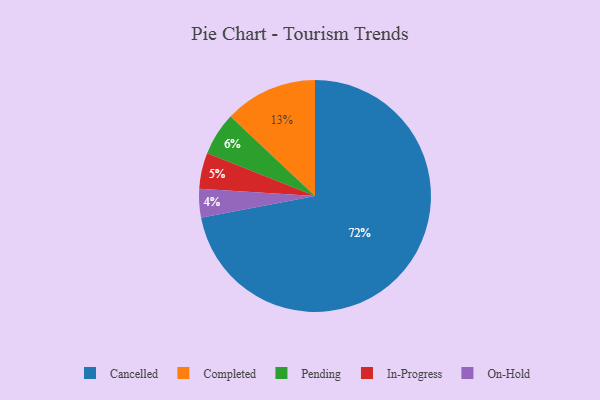
{"axis": {"x": "Category", "y": "Percentage"}, "legend": ["Cancelled", "Completed", "In-Progress", "On-Hold", "Pending"], "data": [{"x": "Completed", "y": 13, "type": "Completed"}, {"x": "Cancelled", "y": 72, "type": "Cancelled"}, {"x": "In-Progress", "y": 5, "type": "In-Progress"}, {"x": "Pending", "y": 6, "type": "Pending"}, {"x": "On-Hold", "y": 4, "type": "On-Hold"}]}